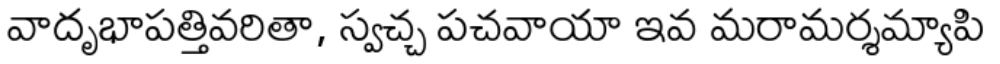
వాదృభాపత్తివరితా, స్వచ్చ పచవాయా ఇవ మరామర్శమ్యాపి